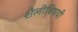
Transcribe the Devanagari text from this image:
शैलीविषयी